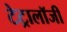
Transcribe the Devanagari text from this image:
टेट्रालॉजी